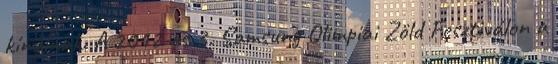
kínálnak. A 2012-es 3. Samsung Olimpiai Zöld Fesztiválon a